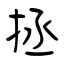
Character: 拯